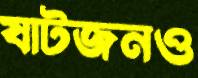
ষাটজনও